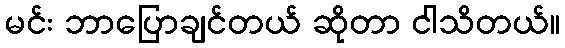
မင်း ဘာပြောချင်တယ် ဆိုတာ ငါသိတယ်။